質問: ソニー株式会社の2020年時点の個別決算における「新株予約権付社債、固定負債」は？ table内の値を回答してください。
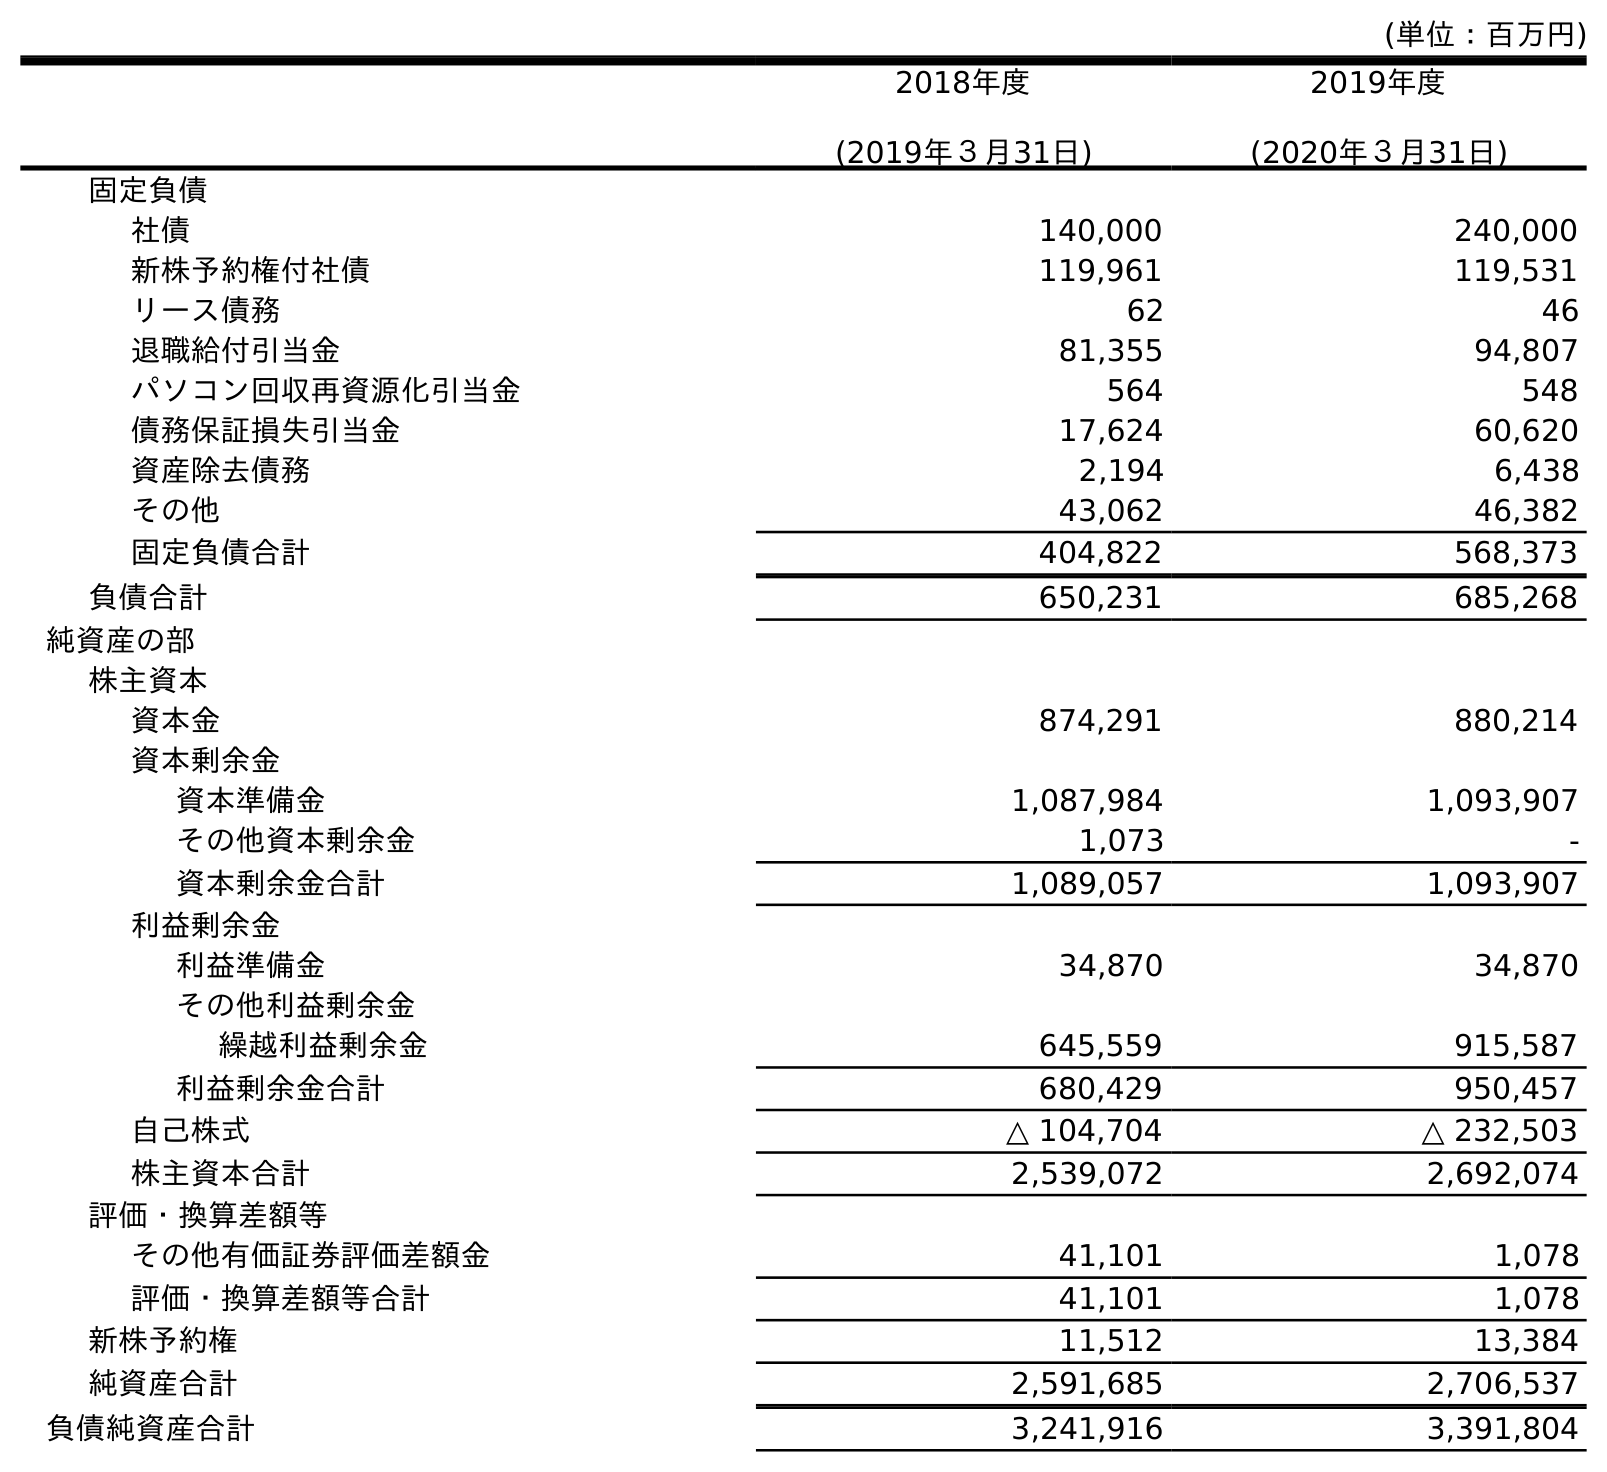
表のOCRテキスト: (単位：百万円) 2018年度 (2019年３月31日) 2019年度 (2020年３月31日) 固定負債 社債 140,000 240,000 新株予約権付社債 119,961 119,531 リース債務 62 46 退職給付引当金 81,355 94,807 パソコン回収再資源化引当金 564 548 債務保証損失引当金 17,624 60,620 資産除去債務 2,194 6,438 その他 43,062 46,382 固定負債合計 404,822 568,373 負債合計 650,231 685,268 純資産の部 株主資本 資本金 874,291 880,214 資本剰余金 資本準備金 1,087,984 1,093,907 その他資本剰余金 1,073 - 資本剰余金合計 1,089,057 1,093,907 利益剰余金 利益準備金 34,870 34,870 その他利益剰余金 繰越利益剰余金 645,559 915,587 利益剰余金合計 680,429 950,457 自己株式 △ 104,704 △ 232,503 株主資本合計 2,539,072 2,692,074 評価・換算差額等 その他有価証券評価差額金 41,101 1,078 評価・換算差額等合計 41,101 1,078 新株予約権 11,512 13,384 純資産合計 2,591,685 2,706,537 負債純資産合計 3,241,916 3,391,804
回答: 119,531